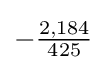
-{\tfrac {2,184}{425}}